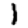
Digit: 1